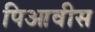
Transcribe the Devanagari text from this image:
पिआवीस